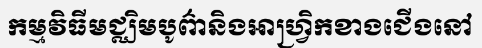
កម្មវិធីមជ្ឈិមបូព៌ានិងអាហ្វ្រិកខាងជើងនៅ